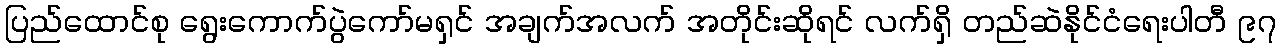
ပြည်ထောင်စု ရွေးကောက်ပွဲကော်မရှင် အချက်အလက် အတိုင်းဆိုရင် လက်ရှိ တည်ဆဲနိုင်ငံရေးပါတီ ၉၇